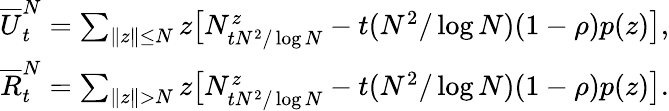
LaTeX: \begin{array}{r}{\overline{{U}}_{t}^{N}=\sum_{\| z\| \leq N}z\big[N_{tN^{2}/\log N}^{z}-t(N^{2}/\log N)(1-\rho)p(z)\big],}\\ {\overline{{R}}_{t}^{N}=\sum_{\| z\| >N}z\big[N_{tN^{2}/\log N}^{z}-t(N^{2}/\log N)(1-\rho)p(z)\big].}\end{array}